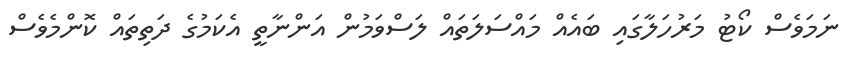
ނަމަވެސް ކޯޓު މަރުހަލާގައި ބައެއް މައްސަލަތައް ލަސްވަމުން އަންނާތީ އެކަމުގެ ދަތިތައް ކޮންމެވެސް